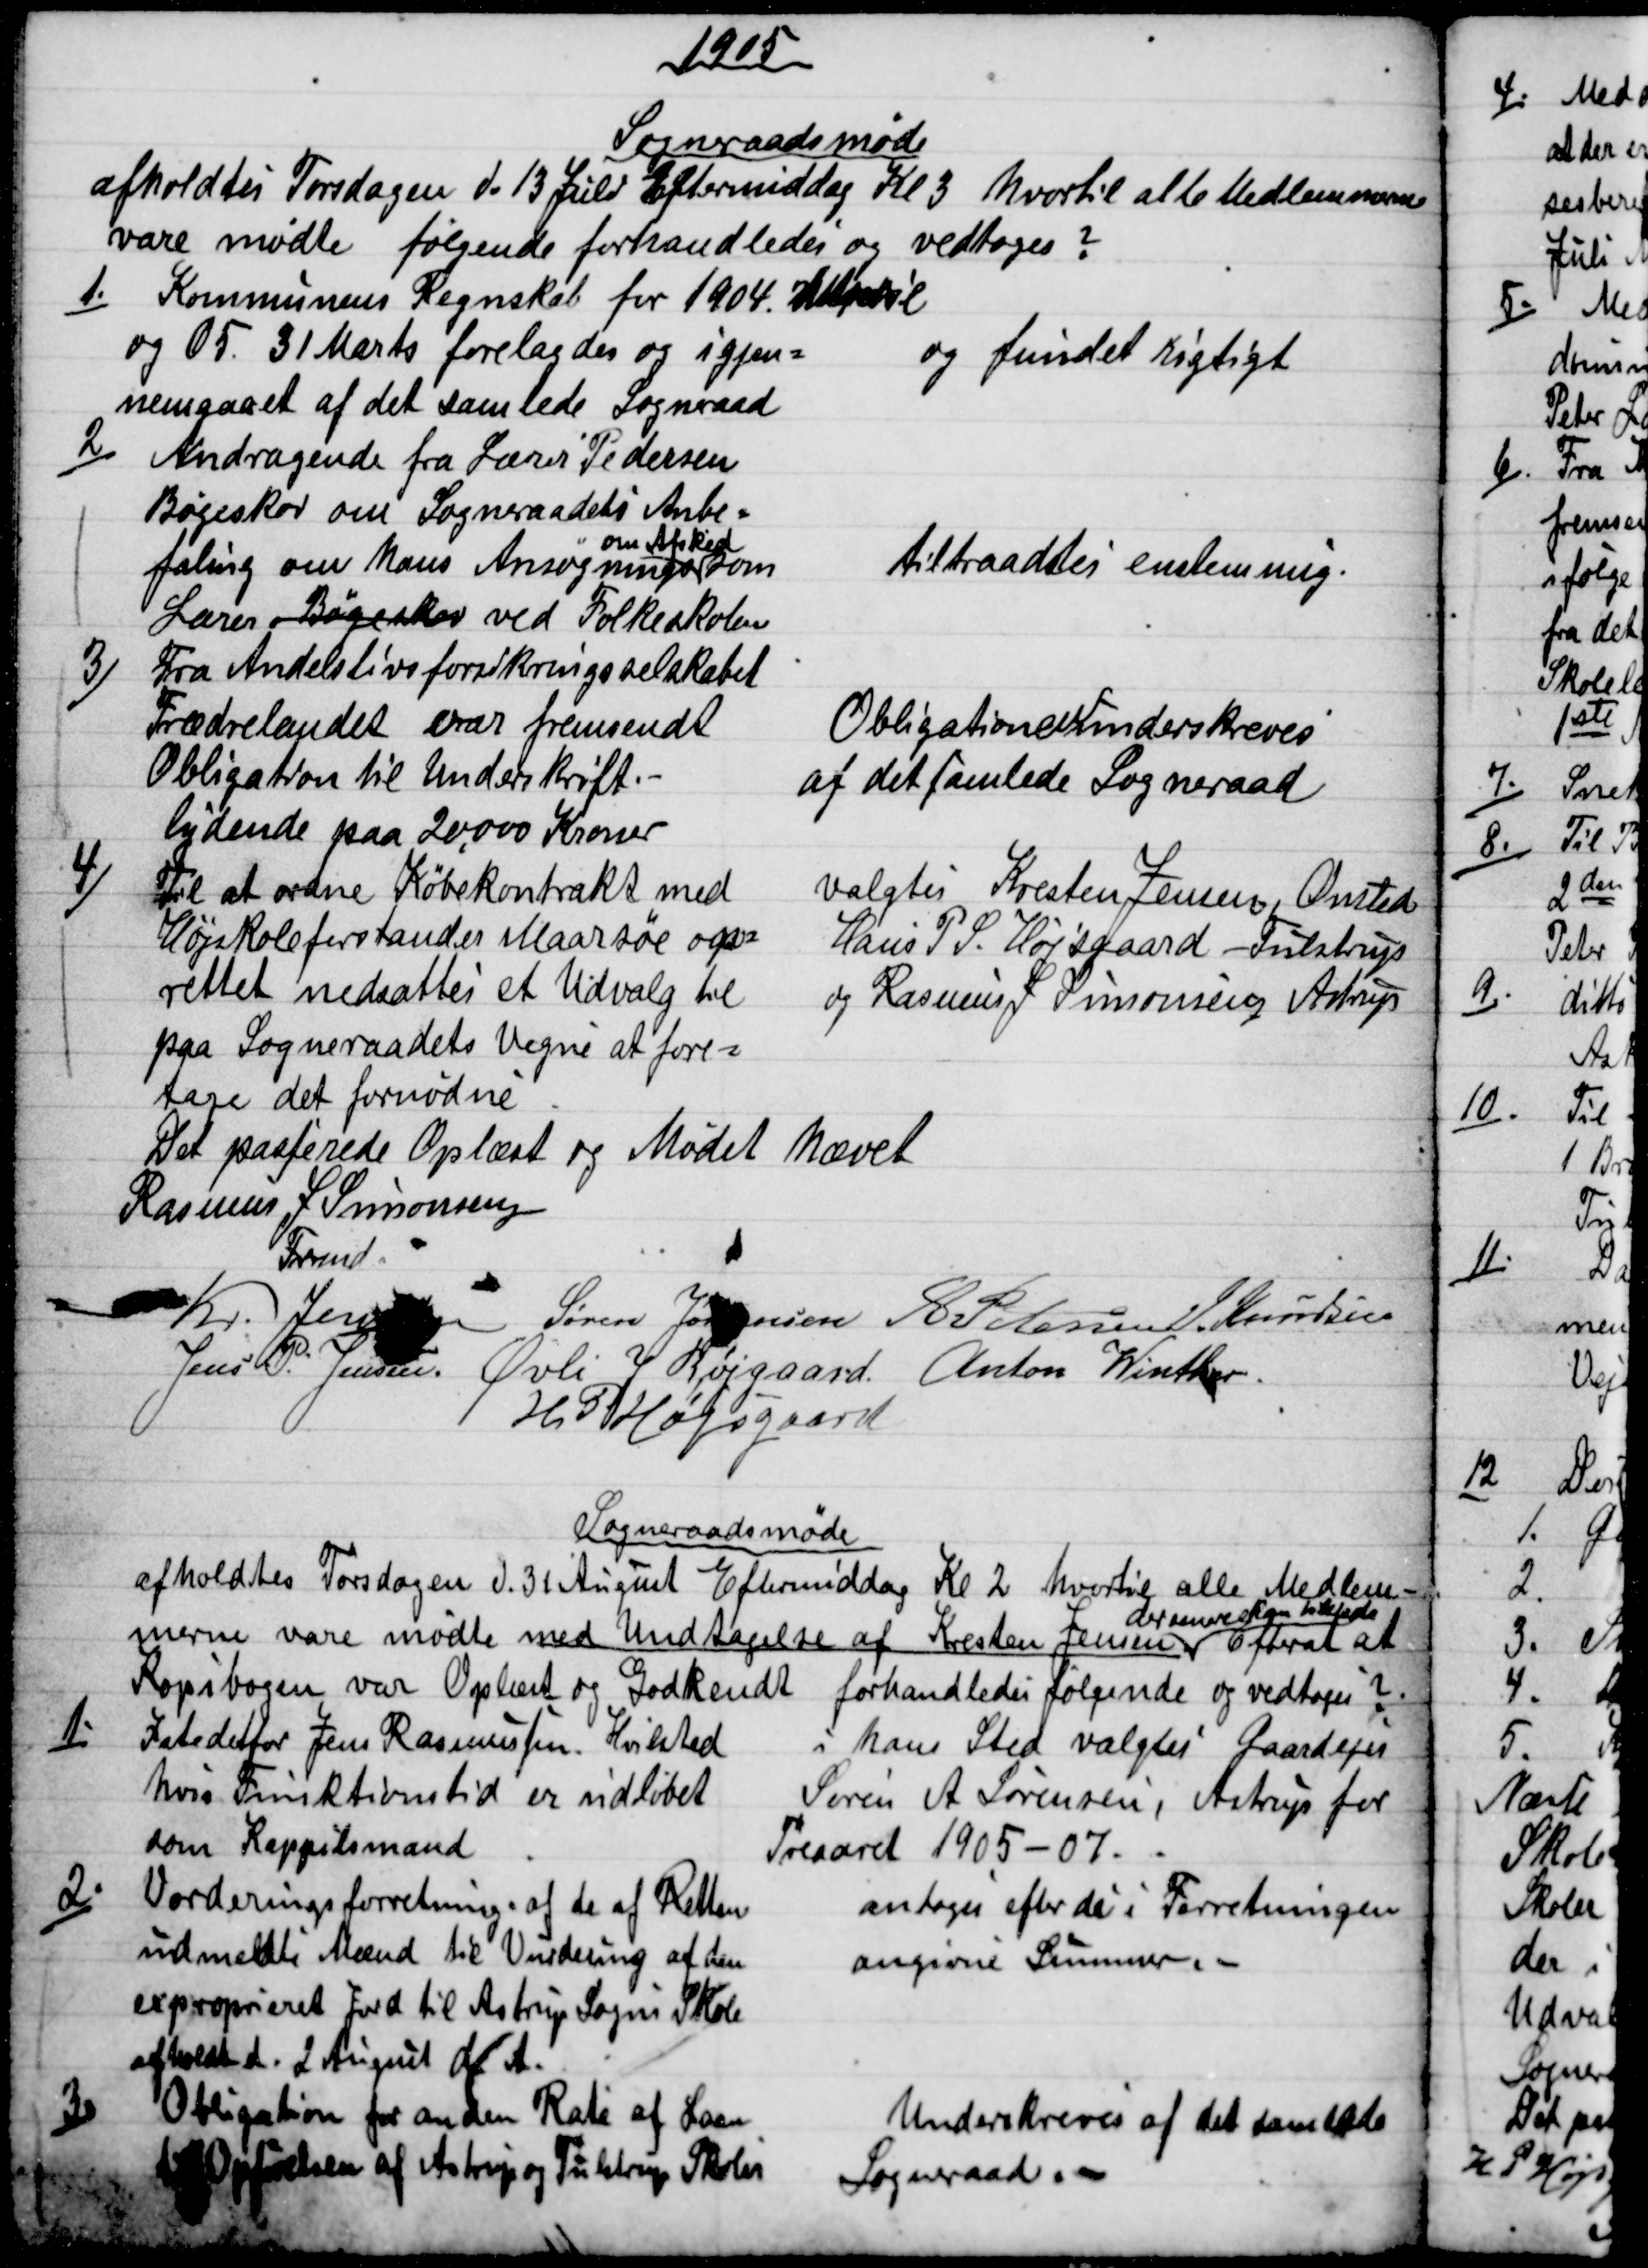
Transskription:
1905
Sogneraadsmøde
afholdtes Torsdagen d. 13 Juli Eftermiddag Kl 3 hvortil alle Medlemmerne
vare mødte følgende forhandledes og vedtoges?
1.)
Kommunens Regnskab for 1904. 1 April
og 05 d. 31 Marts forelagdes og igjen=
nemgaaet af det samlede Sogneraad
og fundet rigtigt
2.)
Andragende fra Lærer Pedersen
Bøgeskov om Sogneraadets Anbe=
faling om hans Ansøgnings 
om Afsked
som
Lærer Bøgeskov ved Folkeskolen
tiltraadtes enstemmig.
3)
Fra Andelslivsforsikringsselskabet
Frædrelandet var fremsendt
Obligation til Underskrift.
lydende paa 20,000 Kroner
Obligationen underskreves
af det samlede Sogneraad
4)
Til at ordne Købekontrakt med
Højskoleforstander Maarsøe op=
rettet nedsattes et Udvalg til
paa Sogneraadets Vegne at fore=
tage det fornødne
valgtes Kresten Jensen, Onsted
Hans P. S. Højsgaard - Tulstrup
og Rasmus J Simonsen Astrup
Det passerede Oplæst og Mødet hævet
Rasmus J Simonsen
Frmd.
Kr. Jensen Søren Jørgensen A Petersen J. Knudsen
Jens P. Jensen. Øvli J Røjgaard. Anton Winther.
H. P. Højsgaard
Sogneraadsmøde
afholdtes Torsdagen d. 31 August Eftermiddag Kl 2 hvortil alle Medlem-
merne vare mødte med Undtagelse af Kresten Jensen
der senere kom tilstede
Efterat at
Kopibogen var Oplæst og Godkendt forhandledes følgende og vedtoges?
1.)
Istedetfor Jens Rasmussen. Hvilsted
hvis Funktionstid er udløbet
som Kappilsmand
i hans Sted valgtes Gaardejer
Søren A Sørensen, Astrup for
Treaaret 1905-07.
2.)
Vorderingsforretning af de af Retten
udmeldte Mænd til Vurdering af den
exproprieret Jord til Astrup Sogns Skole
afholdt d. 2 August d. A.
antoges efter de i Forretningen
angivne Summer. 
3)
Obligation for anden Rate af Laan
til Opførelsen af Astrup og Tulstrup Skoler
Underskreves af det samlede
Sogneraad.